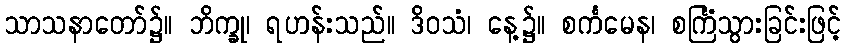
သာသနာတော်၌။ ဘိက္ခု၊ ရဟန်းသည်။ ဒိဝသံ၊ နေ့၌။ စင်္ကမေန၊ စင်္ကြံသွားခြင်းဖြင့်